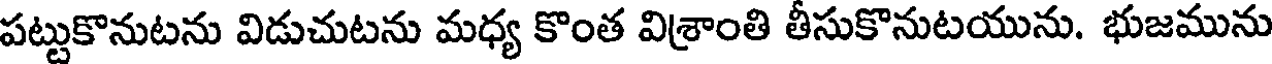
పట్టుకొనుటను విడుచుటను మధ్య కొంత విశ్రాంతి తీసుకొనుటయును. భుజమును